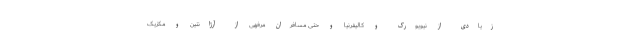
زیادی از نیویورک و کالیفرنیا و حتی مسافران مرفهی از آرژانتین و مکزیک